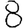
Digit: 8